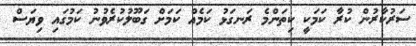
ސަރުކާރުން ކުރާ ކަމަކީ ކިތަންމެ ރަނގަޅު ކަމެއް ކަަމަށް ގަބޫލުކުރެވުނު ކަމުގައި ވިޔަސް